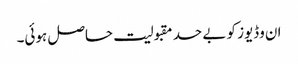
ان وڈیوز کو بے حد مقبولیت حاصل ہوئی۔